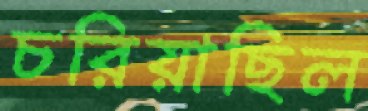
চরিয়াছিল